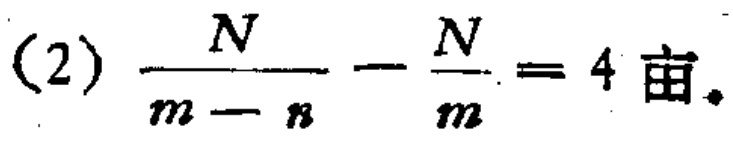
(2) \(\frac{N}{m - n}-\frac{N}{m}= 4\text{ 亩}\)